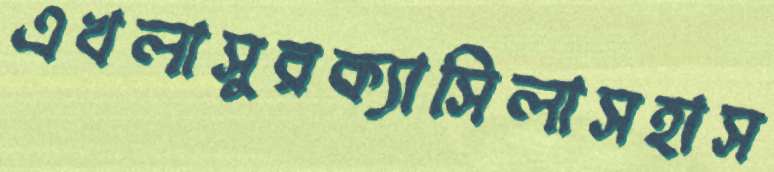
এখলাসুরক্যাসিলাসহাস